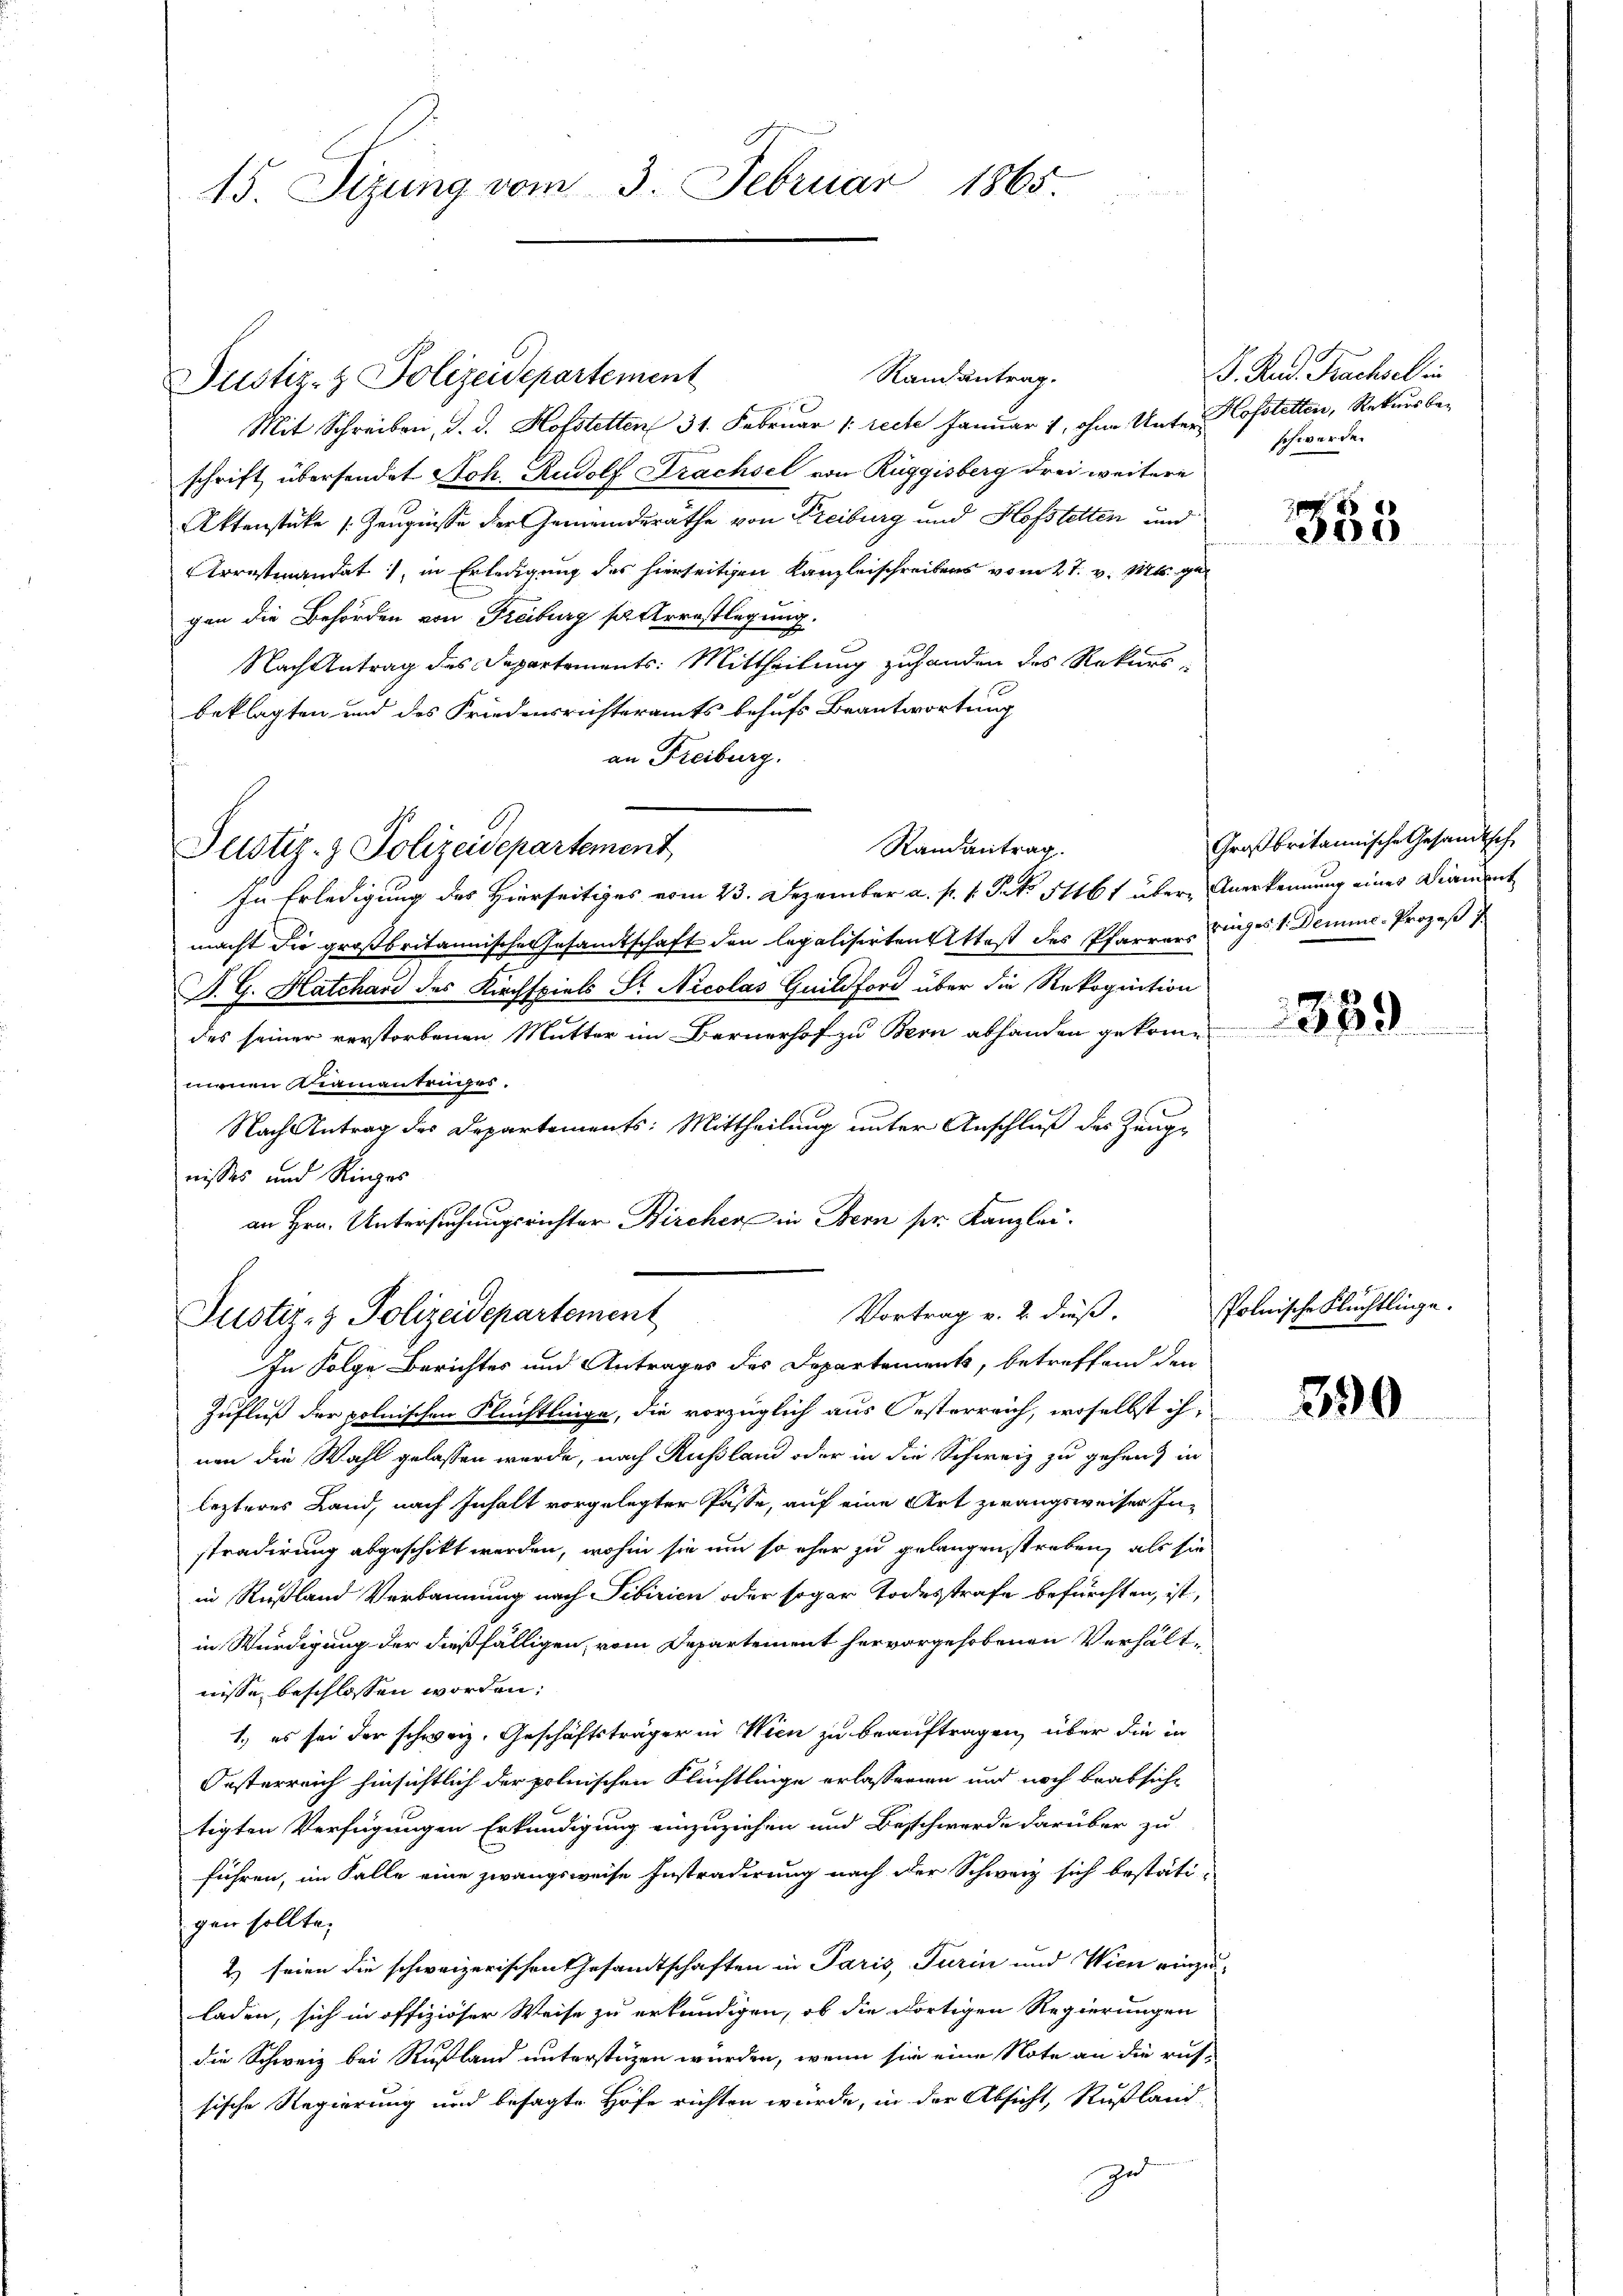
Ramantrag.
Mit Schreiben, d. d. Hofstetten 31. Februar 1: recte Januar 1, ohne Unter Hofstetten, Rekurs be-
schrift übersendet Joh. Rudolf Trachsel von Rüggisberg drei weitere
Aktenstücke s. Zeugnisse der Gemeinderathe von Freiburg und Hofstetten und
Arrestmandat, in Erledigung des hierseitigen Kanzleischreibens vom 27. v. Mts. gegen die Behörden von Freiburg sol Arrestlegung.
Nach Antrag des Departements: Mittheilung zuhanden des Rekursbeklagten und des Friedensrichteramts behufs Beantwortung
an Freiburg.

15. Sizung vom 3. Februar 1865.

Justiz- & Polizeidepartement

Justiz- & Polizeidepartement

Randantrag
In Erledigung des Hierseitiges vom 23. Dezember a. p. 1. S. 51161 über Anerkennung eines Diamant

Vortrag v. 2. dieß.
Justiz- & Polizeidepartement
In Folge Berichtes und Antrages des Departements, betreffend den

macht die großbritannischen Gesamtschaft den legalisirten Attest des Pfarrer Dinges 1. Demme- Prozeß
S. G. Hatchard des Kirchspiels St. Nicolas Guildford über die Rekognition
des seiner verstorbenen Mutter im Bernerhof zu Bern abhanden gekomme
menen Niemantringes.
Nach Antrag des Departements: Mittheilung unter Anschluß des Zeuge
nisses und Ringes
an Hrn. Untersuchungsrichter Bircher in Bern sr. Kanzlei.

F. Rud. Bachsel in
schwerde.

Zufluß der polnischen Flüchtlinge, die vorzüglich aus Oesterreich, woselbst ihnen die Wahl gelassen wurde, nach Rußland oder in die Schweiz zu gehen, in
lezteres Land, nach Inhalt vorgelegter Pässe, auf eine Art zwangsweiser Instradirung abgeschikt werden, wohin sie um so eher zu gelangen streben, als sie
in Rußland Verbannung nach Tibirien oder sogar Todesstrafe befürchten, ist,
in Würdigung der dießfälligen, vom Departement hervorgehobenen Verhältnisse beschlossen worden;
1.) es sei der schweiz. Geschäftsträger in Wien zu beauftragen, über die in
Oesterreich hinsichtlich der polnischen Flüchtlinge erlasseren und noch beabsicht
tigten Verfügungen Erkundigung einzuziehen und Beschwerde darüber zu
führen, im Falle eine zwangsweise Instradirung nach der Schwarz sich bestäti-
gen sollte.
2) seien die schweizerischen Gesandtschaften in Paris, Turin und Wien einzu-
laden, sich in offiziöser Weise zu erkundigen, ob die dortigen Regierungen
die Schweiz bei Rußland unterstüzen wurden, wenn sie eine Note an die russische Regierung und besagte Höfe richten würde, in der Absicht, Rußland-
zu

355

Großbritannische Gesandtsche

389

Polnische Flüchtlinge.

390